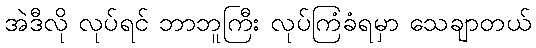
အဲဒီလို လုပ်ရင် ဘာဘူကြီး လုပ်ကြံခံရမှာ သေချာတယ်